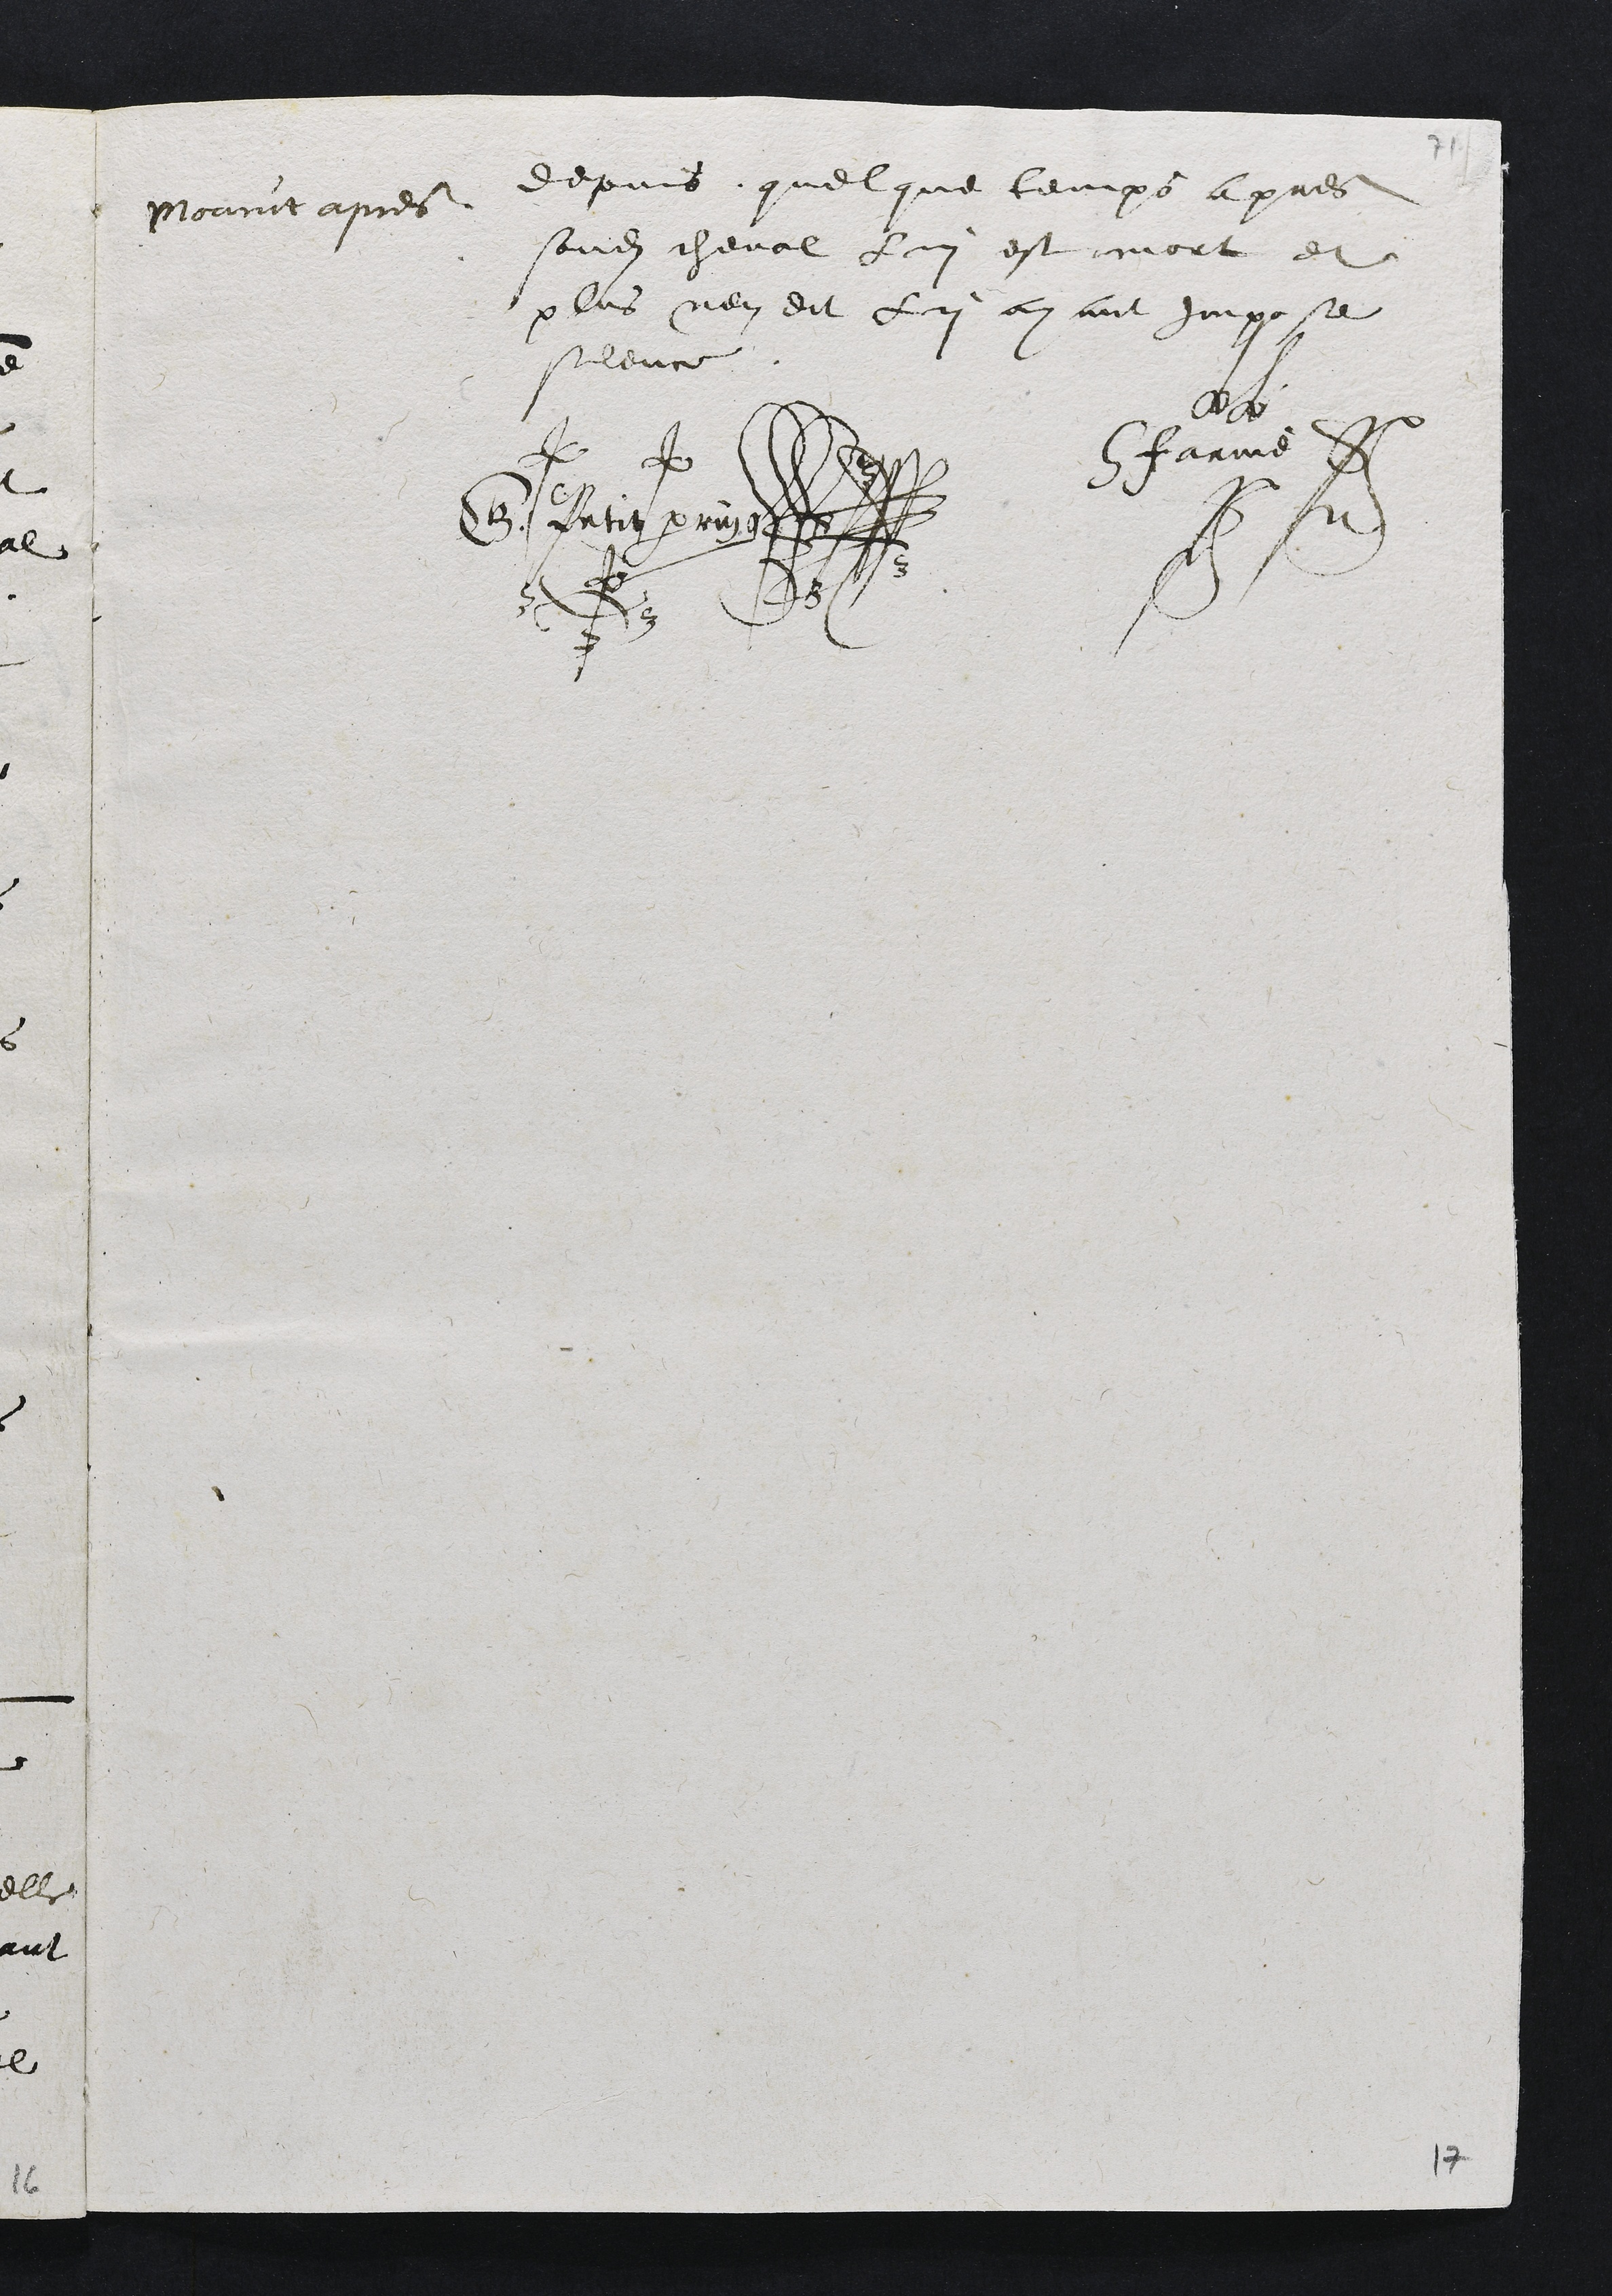
depuis quelque temps apres
sondit cheval lui est mort
Mourut apres
et
plus nen dit lui ayant Impose
silence
H Farine
G. Petit perrin